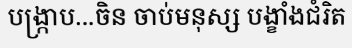
បង្ក្រាប...ចិន ចាប់មនុស្ស បង្ខាំងជំរិត